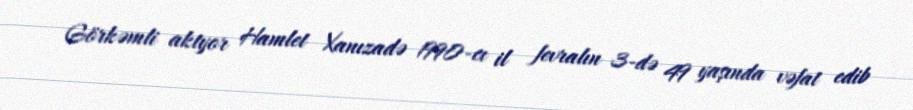
Görkəmli aktyor Hamlet Xanızadə 1990-cı il fevralın 3-də 49 yaşında vəfat edib